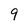
Character: 9